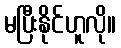
မပြီးနိုင်ဟူလို။